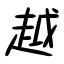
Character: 越